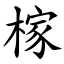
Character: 榢